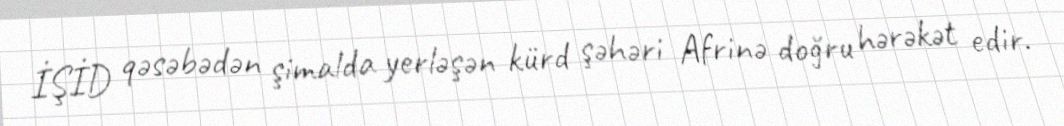
İŞİD qəsəbədən şimalda yerləşən kürd şəhəri Afrinə doğru hərəkət edir.